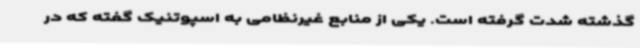
گذشته شدت گرفته است. یکی از منابع غیرنظامی به اسپوتنیک گفته که در